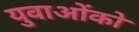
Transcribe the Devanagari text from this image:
युवाओंको